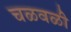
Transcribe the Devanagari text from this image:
चळवळीे